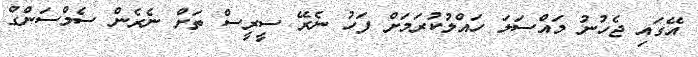
އޭގައި ޖެހުނު މައްސަލަ ހައްލުކުރަމަށް ފަހު ނެރޭ ސީރީސް ތަށް ނެރެން ސެމްސަންގް